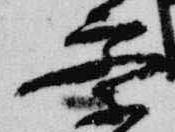
察